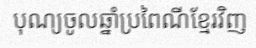
បុណ្យចូលឆ្នាំប្រពៃណីខ្មែរវិញ